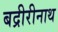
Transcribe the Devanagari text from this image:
बद्रीरीनाथ